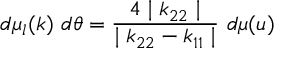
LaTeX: d \mu _ { l } ( k ) ~ d \theta = \frac { 4 \mid k _ { 2 2 } \mid } { \mid k _ { 2 2 } - k _ { 1 1 } \mid } ~ d \mu ( u )